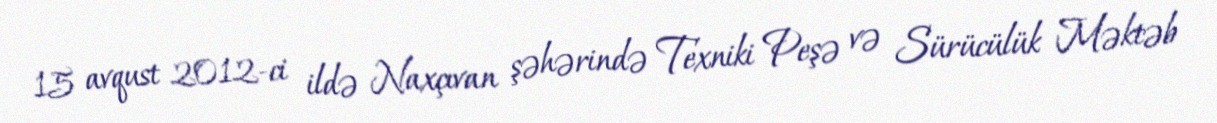
15 avqust 2012-ci ildə Naxçıvan şəhərində Texniki Peşə və Sürücülük Məktəb